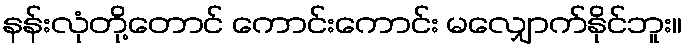
နန်းလုံတို့တောင် ကောင်းကောင်း မလျှောက်နိုင်ဘူး။